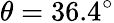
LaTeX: \theta=36.4^{\circ}